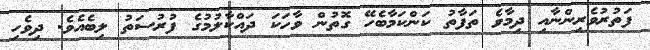
ފަތުރުވެރިންނާއި ދިމާވެ ތަފާތު ކަންކަމާބެހޭ ގޮތުން ވާހަކަ ދައްކާލުމުގެ ފުރުސަތު ލިބެއެވެ. ދިވެހި